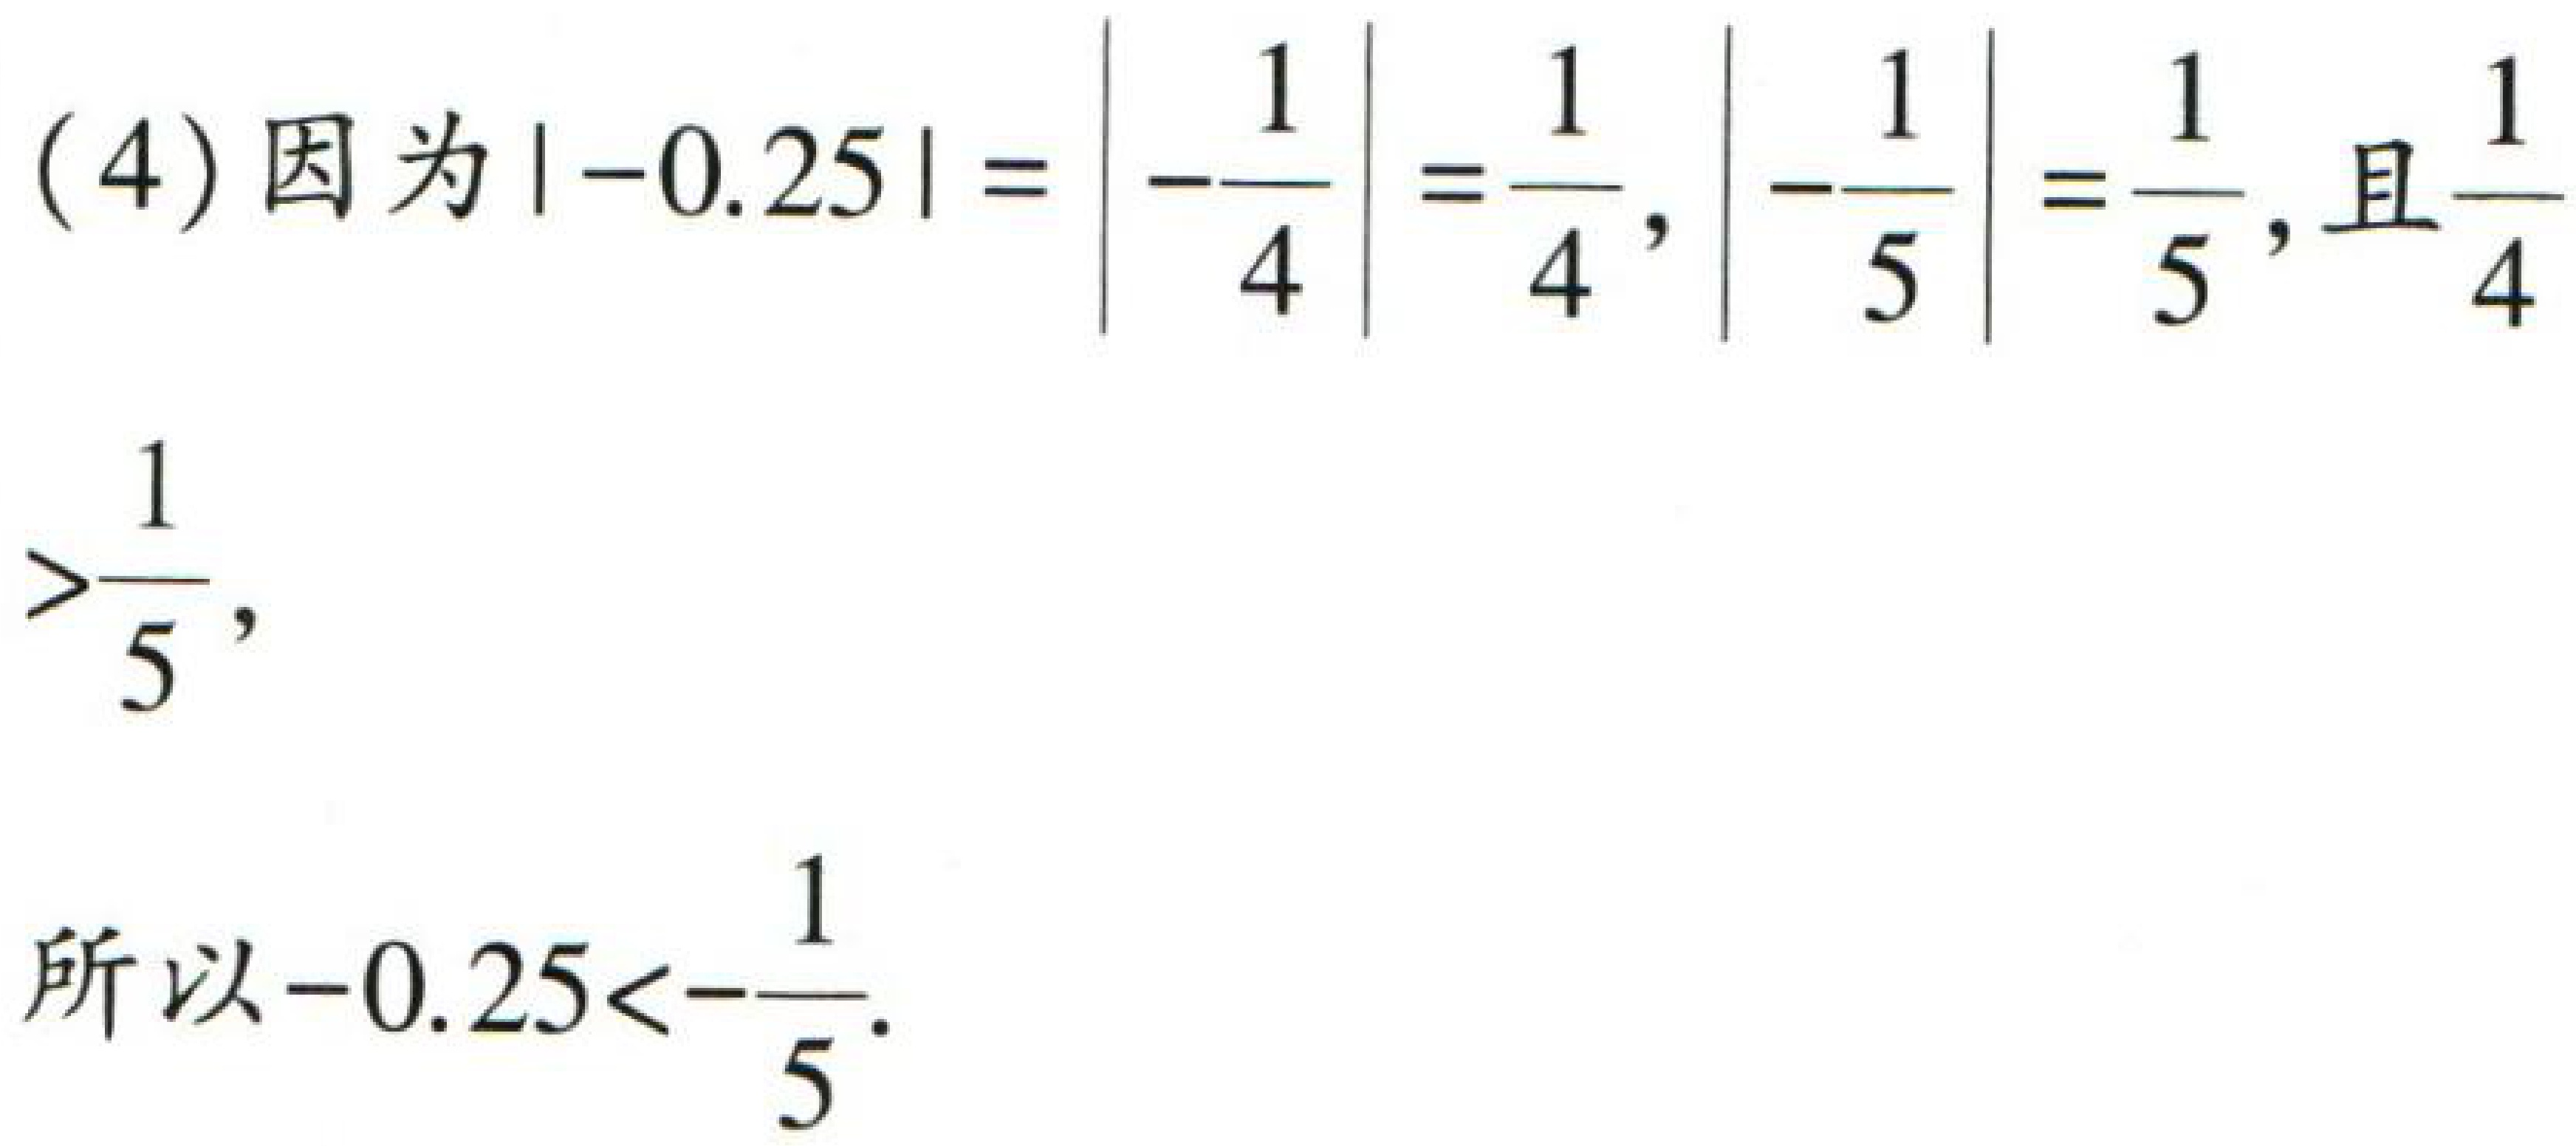
(4) 因为\(\vert -0.25\vert =\left\vert -\frac{1}{4}\right\vert =\frac{1}{4}\)，\(\left\vert -\frac{1}{5}\right\vert =\frac{1}{5}\)，且\(\frac{1}{4}>\frac{1}{5}\)，
所以\(-0.25<-\frac{1}{5}\)。